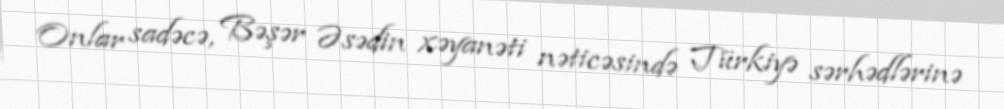
Onlar sadəcə, Bəşər Əsədin xəyanəti nəticəsində Türkiyə sərhədlərinə